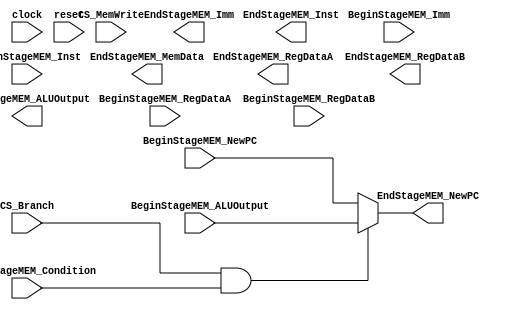
module Stage_MEM(
    input wire clock,
    input wire reset,
    
    input wire CS_Branch,
    input wire CS_MemWrite,
    
    input wire [31:0] BeginStageMEM_Inst,
    input wire [31:0] BeginStageMEM_NewPC,
    input wire [31:0] BeginStageMEM_RegDataA,
    input wire [31:0] BeginStageMEM_RegDataB,
    input wire [31:0] BeginStageMEM_Imm,
    input wire [31:0] BeginStageMEM_ALUOutput,
    input wire BeginStageMEM_Condition,
    
    output wire [31:0] EndStageMEM_Inst,
    output wire [31:0] EndStageMEM_NewPC,
    output wire [31:0] EndStageMEM_RegDataA,
    output wire [31:0] EndStageMEM_RegDataB,
    output wire [31:0] EndStageMEM_Imm,
    output wire [31:0] EndStageMEM_ALUOutput,
    output wire [31:0] EndStageMEM_MemData,
    );
    
    assign EndStageMEM_NewPC = (CS_Branch && BeginStageMEM_Condition) ? BeginStageMEM_ALUOutput : BeginStageMEM_NewPC;

endmodule